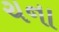
ચના